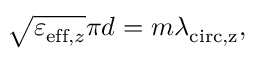
\sqrt { \varepsilon _ { \mathrm { e f f } , z } } \pi d = m \lambda _ { \mathrm { c i r c , z } } ,